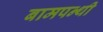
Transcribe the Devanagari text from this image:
बामपन्थी